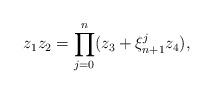
LaTeX: \begin{align*} z_1 z_2 = \prod_{j = 0}^n ( z_3 + \xi_{n + 1}^j z_4 ),\end{align*}